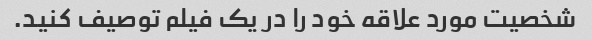
شخصیت مورد علاقه خود را در یک فیلم توصیف کنید.